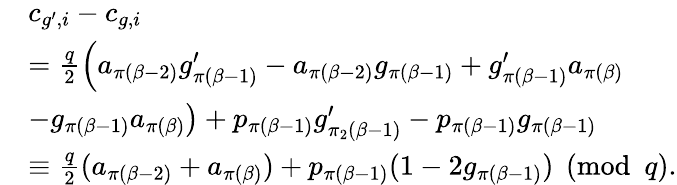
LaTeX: \begin{array}{rl}&{c_{g^{\prime},i}-c_{g,i}}\\ &{=\frac{q}{2}\left(a_{\pi(\beta-2)}g_{\pi(\beta-1)}^{\prime}-a_{\pi(\beta-2)}g_{\pi(\beta-1)}+g_{\pi(\beta-1)}^{\prime}a_{\pi(\beta)}\right.}\\ &{\left.-g_{\pi(\beta-1)}a_{\pi(\beta)}\right)+p_{\pi(\beta-1)}g_{\pi_{2}(\beta-1)}^{\prime}-p_{\pi(\beta-1)}g_{\pi(\beta-1)}}\\ &{\equiv\frac{q}{2}(a_{\pi(\beta-2)}+a_{\pi(\beta)})+p_{\pi(\beta-1)}(1-2g_{\pi(\beta-1)})\pmod q.}\end{array}